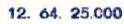
12.64.25.000